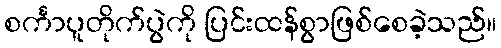
စင်္ကာပူတိုက်ပွဲကို ပြင်းထန်စွာဖြစ်စေခဲ့သည်။